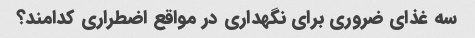
سه غذای ضروری برای نگهداری در مواقع اضطراری کدامند؟